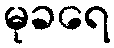
မုခရေ